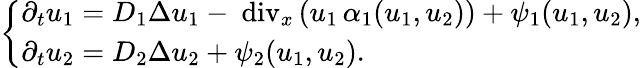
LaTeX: \left\{ \begin{array}{l}{\partial_{t}u_{1}=D_{1}\Delta u_{1}-\mathrm{\mathrm{~div}}_{x}\, (u_{1}\, \alpha_{1}(u_{1},u_{2}))+\psi_{1}(u_{1},u_{2}),}\\ {\partial_{t}u_{2}=D_{2}\Delta u_{2}+\psi_{2}(u_{1},u_{2}).}\end{array}\right.